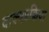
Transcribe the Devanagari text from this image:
वाक्यप्रक्रिया